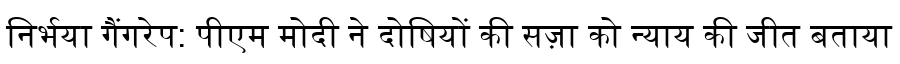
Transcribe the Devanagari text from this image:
निर्भया गैंगरेप: पीएम मोदी ने दोषियों की सज़ा को न्याय की जीत बताया